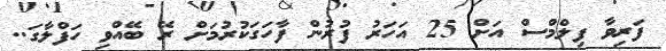
ފަރިވާ ފިލްމްސް އަަށް 25 އަހަރު ފުރުން ފާހަގަކުރުމަށް ރޭ ބޭއްވި ހަފްލާގަ..